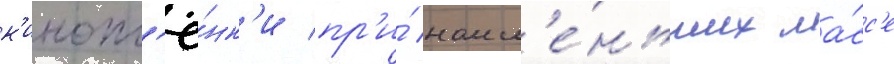
к'инопл'ё́нк'и пр'и́ наим'е́ньших ма́сс'е